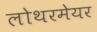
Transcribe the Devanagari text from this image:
लोथरमेयर